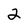
Character: 2